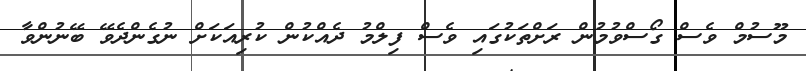
މޫސުމް ވެސް ގޯސްވުމުން ރަށްތަކުގައި ވެސް ފިލްމު ދެއްކުން ކުރިއަކަށް ނުގެންދެވޭ ބޭނުންވާ